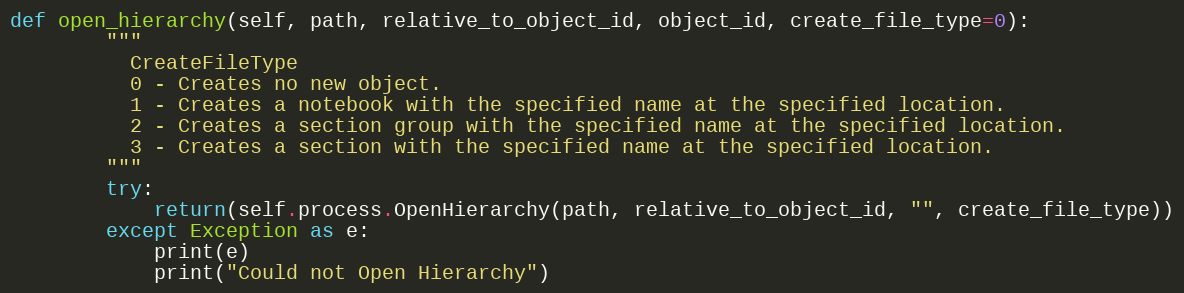
Language: Python
def open_hierarchy(self, path, relative_to_object_id, object_id, create_file_type=0):
        """
          CreateFileType
          0 - Creates no new object.
          1 - Creates a notebook with the specified name at the specified location.
          2 - Creates a section group with the specified name at the specified location.
          3 - Creates a section with the specified name at the specified location.
        """
        try:
            return(self.process.OpenHierarchy(path, relative_to_object_id, "", create_file_type))
        except Exception as e:
            print(e)
            print("Could not Open Hierarchy")